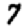
Digit: 7